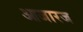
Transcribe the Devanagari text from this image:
आजारज